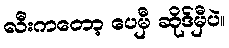
လီးကတော့ ပေမှီ ဆိုဒ်မှီပဲ။